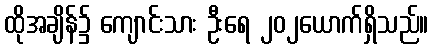
ထိုအချိန်၌ ကျောင်းသား ဦးရေ ၂၀၂ယောက်ရှိသည်။